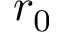
r _ { 0 }